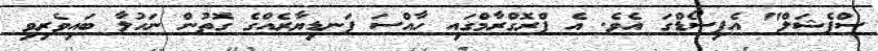
ސްޕެޝަލް" އެޕިސޯޑްގަ އެވެ. އެ ޕްރޮގްރާމްގައި ހާއްސަ ފަނޑިޔާރެއްގެ ގޮތުން ނަހުލާ ބައިވެރިވި